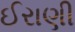
ઈરાણી